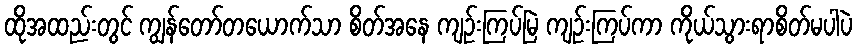
ထိုအထည်းတွင် ကျွန်တော်တယောက်သာ စိတ်အနေ ကျဉ်းကြပ်မြဲ ကျဉ်းကြပ်ကာ ကိုယ်သွားရာစိတ်မပါပဲ